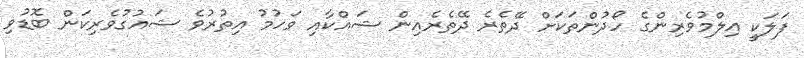
ފަލަކީ އިލްމުވެރިންގެ ހޯދުންތަކަށް ދޭތެރެ ދޭތެރެއިން ޝައްކާއި ވަހުމު އިތުރުވެ ޝައުގުވެރިކަން ބޮޑުވި